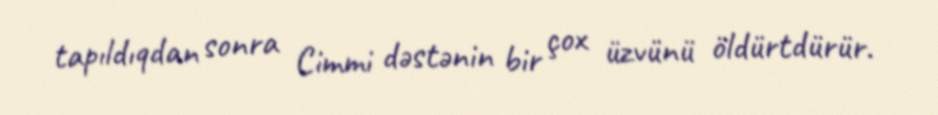
tapıldıqdan sonra Cimmi dəstənin bir çox üzvünü öldürtdürür.